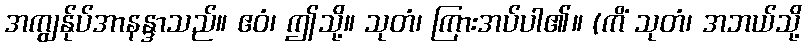
အကျွန်ုပ်အာနန္ဒာသည်။ ဧဝံ၊ ဤသို့။ သုတံ၊ ကြားအပ်ပါ၏။ (ကိံ သုတံ၊ အဘယ်သို့